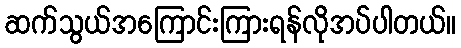
ဆက်သွယ်အကြောင်းကြားရန်လိုအပ်ပါတယ်။